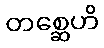
တစ္ဆေဟိ